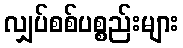
လျှပ်စစ်ပစ္စည်းများ